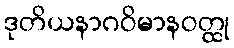
ဒုတိယနာဂဝိမာနဝတ္ထု